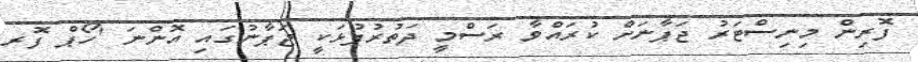
ފޮރިން މިނިސްޓަރު ޖަޕާނަށް ކުރައްވާ ރަސްމީ ދަތުރުފުޅަކީ ޖަޕާނުގައި އޮންނަ 'ހޯޕް ފޮރ